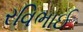
રવિભાઈ